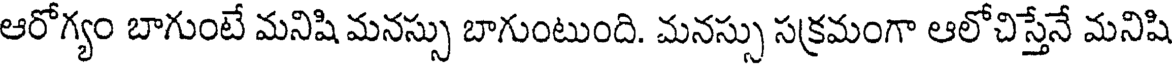
ఆరోగ్యం బాగుంటే మనిషి మనస్సు బాగుంటుంది. మనస్సు సక్రమంగా ఆలోచిస్తేనే మనిషి